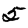
Digit: 5